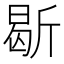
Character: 𣂰